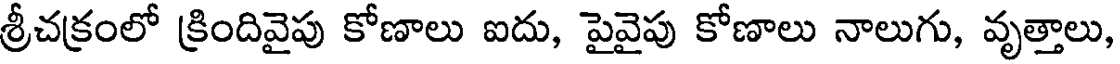
శ్రీచక్రంలో క్రిందివైపు కోణాలు ఐదు, పైవైపు కోణాలు నాలుగు, వృత్తాలు,